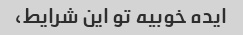
ایده خوبیه تو این شرایط،